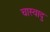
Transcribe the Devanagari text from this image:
चास्वादु